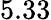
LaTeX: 5.33